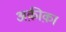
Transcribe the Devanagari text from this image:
अक़ीक़ा